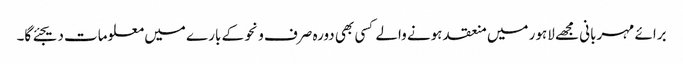
برائے مہربانی مجھے لاہور میں منعقد ہونے والے کسی بھی دورہ صرف و نحو کے بارے میں معلومات دیجئے گا۔